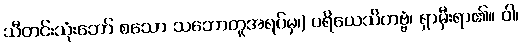
သီတင်းသုံးဘော် စသော သဘောတူအရပ်မှ၊) ပရိယေသိတဗ္ဗံ၊ ရှာမှီးရာ၏။ ဝါ၊